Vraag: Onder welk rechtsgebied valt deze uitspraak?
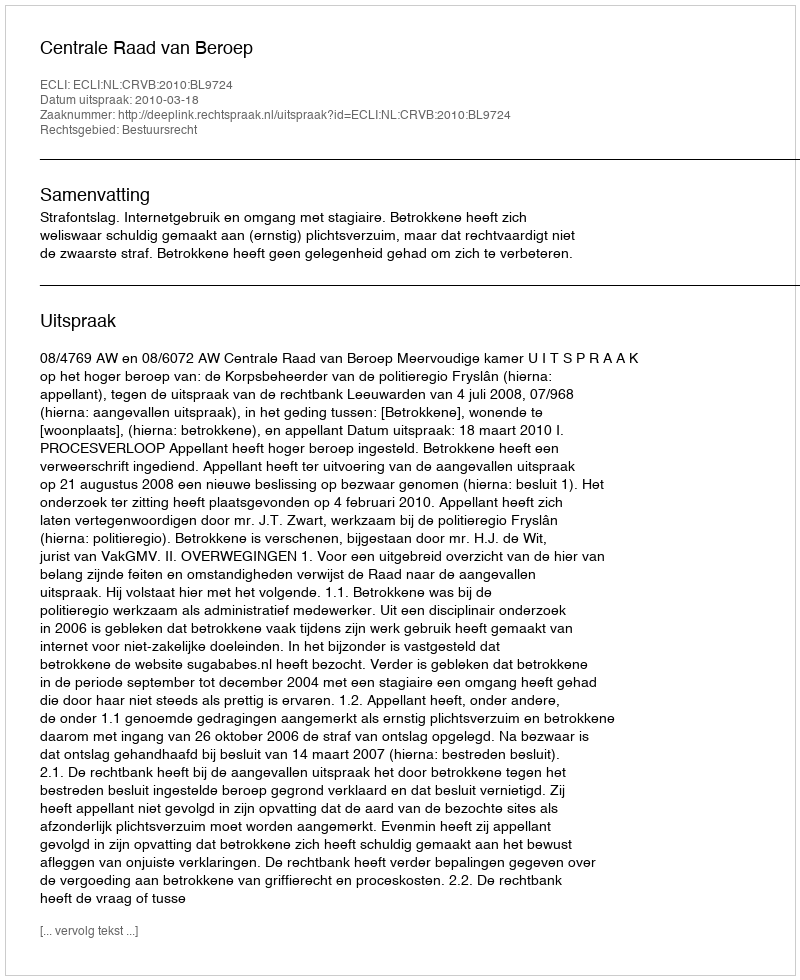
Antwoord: Bestuursrecht